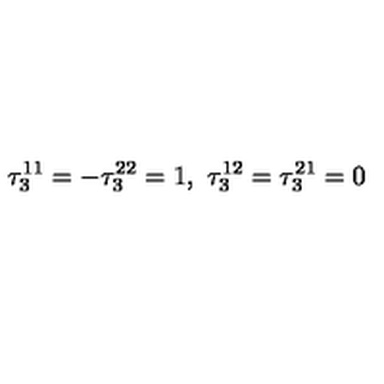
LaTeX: \tau _ { 3 } ^ { 1 1 } = - \tau _ { 3 } ^ { 2 2 } = 1 , \ \tau _ { 3 } ^ { 1 2 } = \tau _ { 3 } ^ { 2 1 } = 0